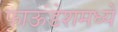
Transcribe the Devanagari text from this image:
फाऊंडेशमध्ये